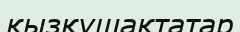
қызқұшақтатар